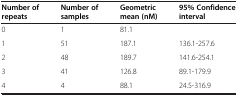
<table><thead><tr><td><b>Number of repeats</b></td><td><b>Number of samples</b></td><td><b>Geometric mean (nM)</b></td><td><b>95% Confidence interval</b></td></tr></thead><tbody><tr><td>0</td><td>1</td><td>81.1</td><td> </td></tr><tr><td>1</td><td>51</td><td>187.1</td><td>136.1-257.6</td></tr><tr><td>2</td><td>48</td><td>189.7</td><td>141.6-254.1</td></tr><tr><td>3</td><td>41</td><td>126.8</td><td>89.1-179.9</td></tr><tr><td>4</td><td>4</td><td>88.1</td><td>24.5-316.9</td></tr></tbody></table>